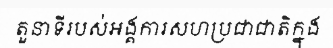
តួនាទីរបស់អង្គការសហប្រជាជាតិក្នុង